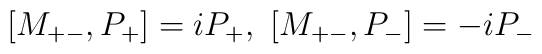
[M_{+-},P_+]= i P_+ , \ [M_{+-}, P_-] =-i P_-